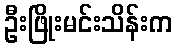
ဦးဖြိုးမင်းသိန်းက